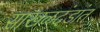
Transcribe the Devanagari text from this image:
साखळदंडांत